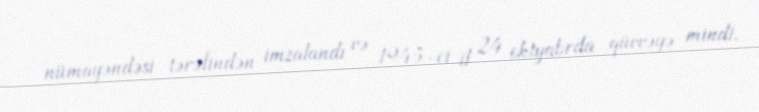
nümayəndəsi tərəfindən imzalandı və 1945-ci il 24 oktyabrda qüvvəyə mindi.